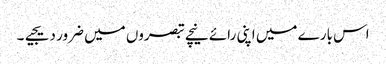
اس بارے میں اپنی رائے نیچے تبصروں میں ضرور دیجیے۔